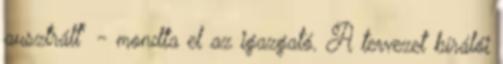
ausztrált" - mondta el az igazgató. A tervezet bírálói